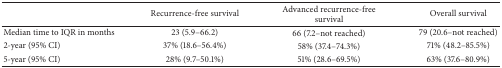
<table><thead><tr><td><b> </b></td><td><b>Recurrence-free survival</b></td><td><b>Advanced recurrence-free survival</b></td><td><b>Overall survival</b></td></tr></thead><tbody><tr><td>Median time to IQR in months</td><td>23 (5.9–66.2)</td><td>66 (7.2–not reached)</td><td>79 (20.6–not reached)</td></tr><tr><td>2-year (95% CI)</td><td>37% (18.6–56.4%)</td><td>58% (37.4–74.3%)</td><td>71% (48.2–85.5%)</td></tr><tr><td>5-year (95% CI)</td><td>28% (9.7–50.1%)</td><td>51% (28.6–69.5%)</td><td>63% (37.6–80.9%)</td></tr></tbody></table>